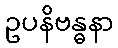
ဥပနိဗန္ဓနာ